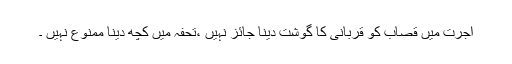
اجرت میں قصاب کو قربانی کا گوشت دینا جائز نہیں ،تحفہ میں کچھ دینا ممنوع نہیں ۔